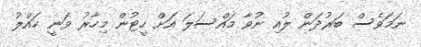
ނަމަވެސް ބަރުދަން ލުއި ނުވާ މައްސަލަ އަށް ހީޓުން މިހާރު ވަނީ ހައްލު